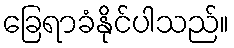
ခြေရာခံနိုင်ပါသည်။